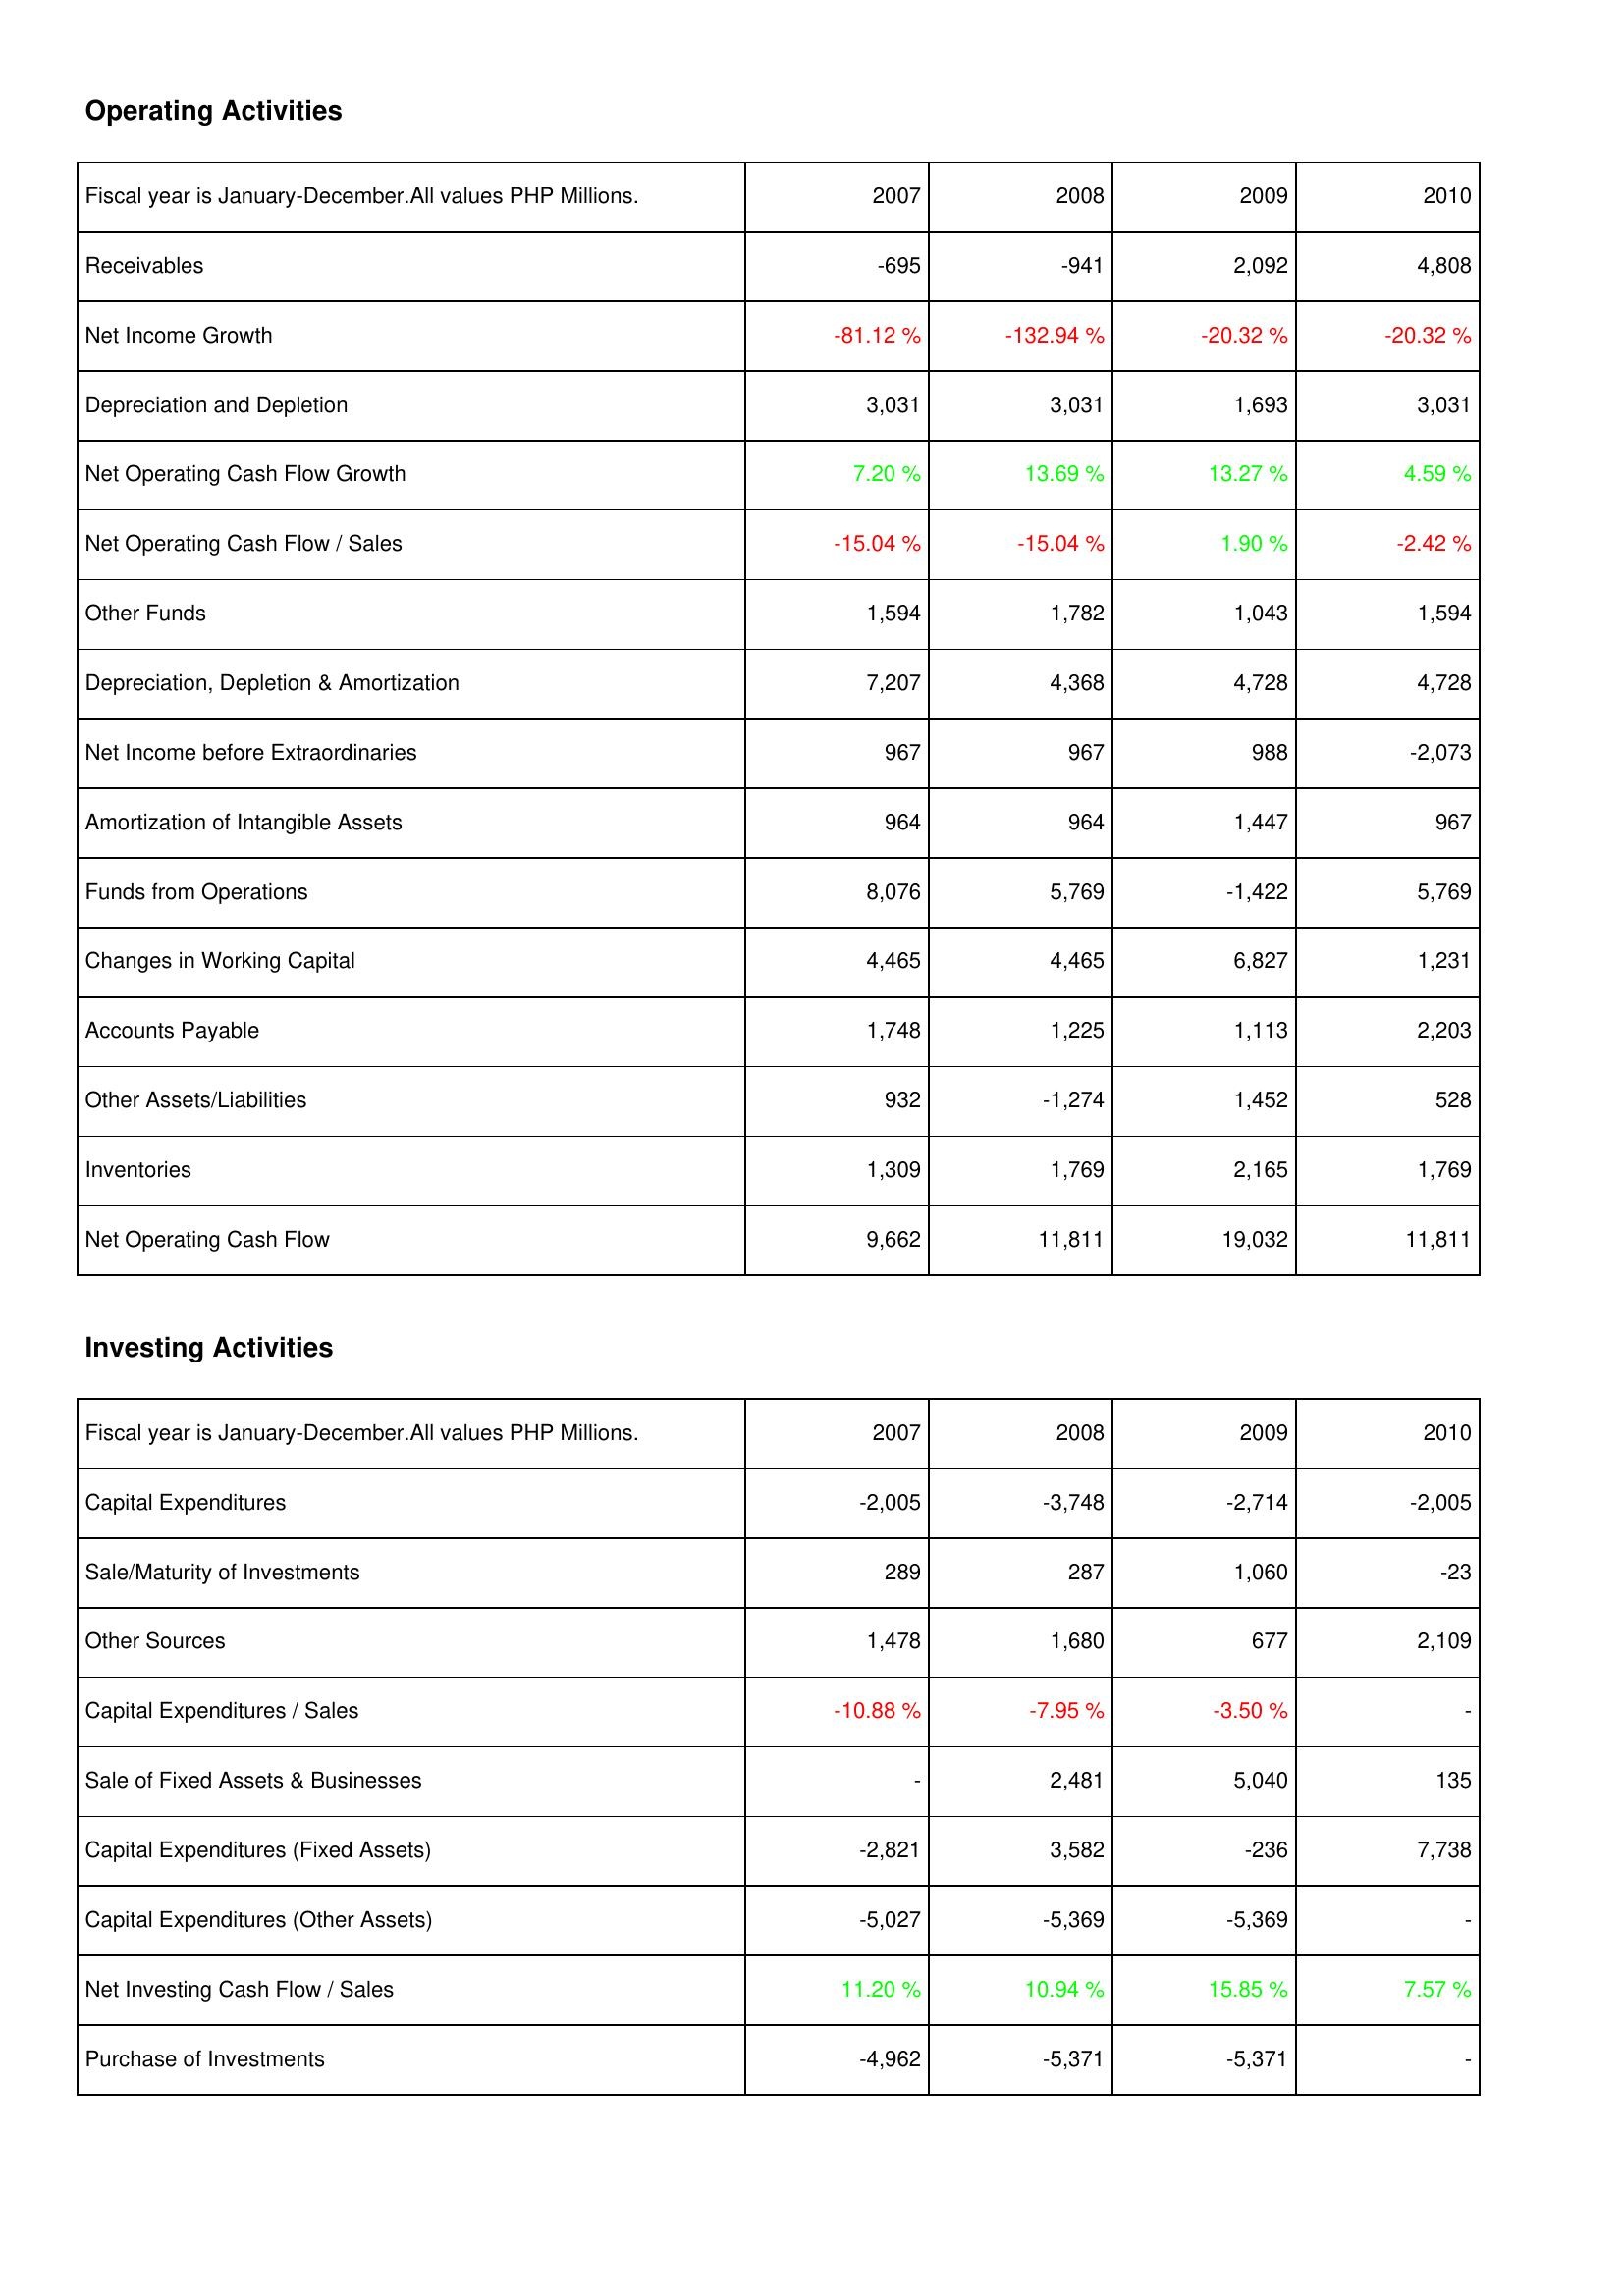
2007: Operating Activities: Receivables: -695
Net Income Growth: -81.12 %
Depreciation and Depletion: 3,031
Net Operating Cash Flow Growth: 7.20 %
Net Operating Cash Flow / Sales: -15.04 %
Other Funds: 1,594
Depreciation, Depletion & Amortization: 7,207
Net Income before Extraordinaries: 967
Amortization of Intangible Assets: 964
Funds from Operations: 8,076
Changes in Working Capital: 4,465
Accounts Payable: 1,748
Other Assets/Liabilities: 932
Inventories: 1,309
Net Operating Cash Flow: 9,662
Investing Activities: Capital Expenditures: -2,005
Sale/Maturity of Investments: 289
Other Sources: 1,478
Capital Expenditures / Sales: -10.88 %
Sale of Fixed Assets & Businesses: -
Capital Expenditures (Fixed Assets): -2,821
Capital Expenditures (Other Assets): -5,027
Net Investing Cash Flow / Sales: 11.20 %
Purchase of Investments: -4,962
2008: Operating Activities: Receivables: -941
Net Income Growth: -132.94 %
Depreciation and Depletion: 3,031
Net Operating Cash Flow Growth: 13.69 %
Net Operating Cash Flow / Sales: -15.04 %
Other Funds: 1,782
Depreciation, Depletion & Amortization: 4,368
Net Income before Extraordinaries: 967
Amortization of Intangible Assets: 964
Funds from Operations: 5,769
Changes in Working Capital: 4,465
Accounts Payable: 1,225
Other Assets/Liabilities: -1,274
Inventories: 1,769
Net Operating Cash Flow: 11,811
Investing Activities: Capital Expenditures: -3,748
Sale/Maturity of Investments: 287
Other Sources: 1,680
Capital Expenditures / Sales: -7.95 %
Sale of Fixed Assets & Businesses: 2,481
Capital Expenditures (Fixed Assets): 3,582
Capital Expenditures (Other Assets): -5,369
Net Investing Cash Flow / Sales: 10.94 %
Purchase of Investments: -5,371
2009: Operating Activities: Receivables: 2,092
Net Income Growth: -20.32 %
Depreciation and Depletion: 1,693
Net Operating Cash Flow Growth: 13.27 %
Net Operating Cash Flow / Sales: 1.90 %
Other Funds: 1,043
Depreciation, Depletion & Amortization: 4,728
Net Income before Extraordinaries: 988
Amortization of Intangible Assets: 1,447
Funds from Operations: -1,422
Changes in Working Capital: 6,827
Accounts Payable: 1,113
Other Assets/Liabilities: 1,452
Inventories: 2,165
Net Operating Cash Flow: 19,032
Investing Activities: Capital Expenditures: -2,714
Sale/Maturity of Investments: 1,060
Other Sources: 677
Capital Expenditures / Sales: -3.50 %
Sale of Fixed Assets & Businesses: 5,040
Capital Expenditures (Fixed Assets): -236
Capital Expenditures (Other Assets): -5,369
Net Investing Cash Flow / Sales: 15.85 %
Purchase of Investments: -5,371
2010: Operating Activities: Receivables: 4,808
Net Income Growth: -20.32 %
Depreciation and Depletion: 3,031
Net Operating Cash Flow Growth: 4.59 %
Net Operating Cash Flow / Sales: -2.42 %
Other Funds: 1,594
Depreciation, Depletion & Amortization: 4,728
Net Income before Extraordinaries: -2,073
Amortization of Intangible Assets: 967
Funds from Operations: 5,769
Changes in Working Capital: 1,231
Accounts Payable: 2,203
Other Assets/Liabilities: 528
Inventories: 1,769
Net Operating Cash Flow: 11,811
Investing Activities: Capital Expenditures: -2,005
Sale/Maturity of Investments: -23
Other Sources: 2,109
Capital Expenditures / Sales: -
Sale of Fixed Assets & Businesses: 135
Capital Expenditures (Fixed Assets): 7,738
Capital Expenditures (Other Assets): -
Net Investing Cash Flow / Sales: 7.57 %
Purchase of Investments: -